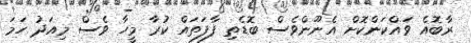
ރާބޮއެ ވައްކަންކޮށް އެނޫންވެސް ބޮޑެތި ފާފަތައް ކުރާ މީހާ ވެސް މިއަދު ހަމަ